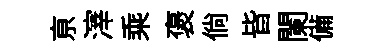
亰滓乘褒倘皆闌備